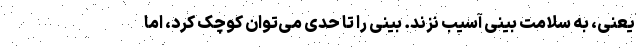
یعنی، به سلامت بینی آسیب نزند. بینی را تا حدی می‌توان کوچک کرد، اما